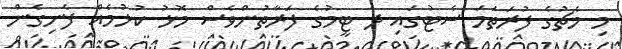
މި މެޗުގެ ފުރަތަމަ ސެޓުގައި ދެ ޓީމުގެ ފަރާތުންވެސް މޮޅު ކުޅުމެއް ފެނިގެން